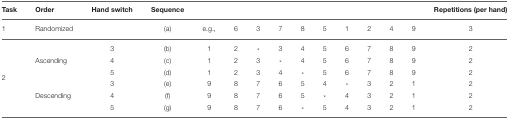
<table><thead><tr><td><b>Task</b></td><td><b>Order</b></td><td><b>Hand switch</b></td><td><b>Sequence</b></td><td></td><td></td><td></td><td></td><td></td><td></td><td></td><td></td><td></td><td></td><td><b>Repetitions (per hand)</b></td></tr></thead><tbody><tr><td>1</td><td>Randomized</td><td></td><td>(a)</td><td>e.g.,</td><td>6</td><td>3</td><td>7</td><td>8</td><td>5</td><td>1</td><td>2</td><td>4</td><td>9</td><td>3</td></tr><tr><td></td><td></td><td>3</td><td>(b)</td><td>1</td><td>2</td><td><sup>*</sup></td><td>3</td><td>4</td><td>5</td><td>6</td><td>7</td><td>8</td><td>9</td><td>2</td></tr><tr><td></td><td>Ascending</td><td>4</td><td>(c)</td><td>1</td><td>2</td><td>3</td><td><sup>*</sup></td><td>4</td><td>5</td><td>6</td><td>7</td><td>8</td><td>9</td><td>2</td></tr><tr><td></td><td></td><td>5</td><td>(d)</td><td>1</td><td>2</td><td>3</td><td>4</td><td><sup>*</sup></td><td>5</td><td>6</td><td>7</td><td>8</td><td>9</td><td>2</td></tr><tr><td>2</td><td></td><td>3</td><td>(e)</td><td>9</td><td>8</td><td>7</td><td>6</td><td>5</td><td>4</td><td><sup>*</sup></td><td>3</td><td>2</td><td>1</td><td>2</td></tr><tr><td></td><td>Descending</td><td>4</td><td>(f)</td><td>9</td><td>8</td><td>7</td><td>6</td><td>5</td><td><sup>*</sup></td><td>4</td><td>3</td><td>2</td><td>1</td><td>2</td></tr><tr><td></td><td></td><td>5</td><td>(g)</td><td>9</td><td>8</td><td>7</td><td>6</td><td><sup>*</sup></td><td>5</td><td>4</td><td>3</td><td>2</td><td>1</td><td>2</td></tr></tbody></table>